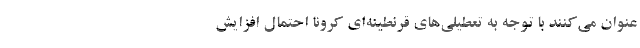
عنوان می‌کنند با توجه به تعطیلی‌های قرنطینه‌ای کرونا احتمال افزایش